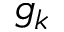
g _ { k }